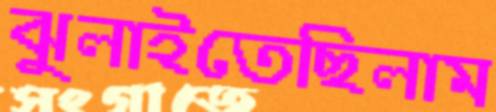
ঝুলাইতেছিলাম